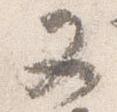
又